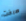
صرخت